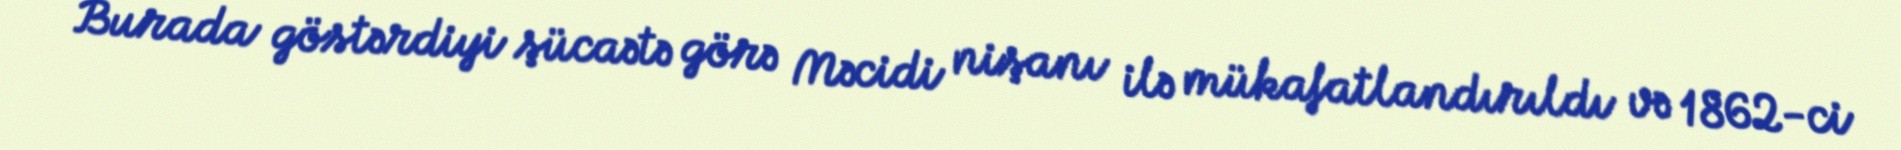
Burada göstərdiyi şücaətə görə Məcidi nişanı ilə mükafatlandırıldı və 1862-ci